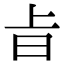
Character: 㫖